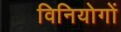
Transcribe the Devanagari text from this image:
विनियोगों